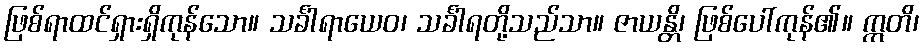
ဖြစ်ရာထင်ရှားရှိကုန်သော။ သင်္ခါရာယေဝ၊ သင်္ခါရတို့သည်သာ။ ဇာယန္တိ၊ ဖြစ်ပေါ်ကုန်၏။ ဣတိ၊